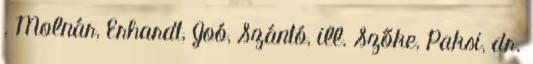
, Molnár, Erhardt, Joó, Szántó, ill. Szőke, Paksi, dr.